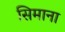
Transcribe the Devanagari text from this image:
सिमाना